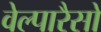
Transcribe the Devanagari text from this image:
वेल्पारैसो